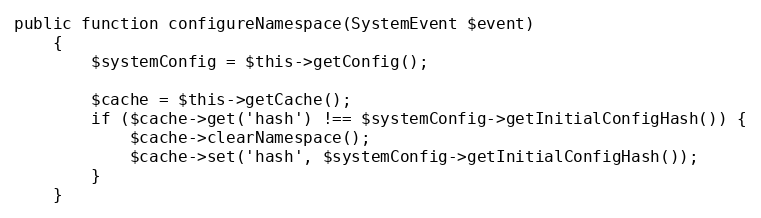
Language: PHP
public function configureNamespace(SystemEvent $event)
    {
        $systemConfig = $this->getConfig();

        $cache = $this->getCache();
        if ($cache->get('hash') !== $systemConfig->getInitialConfigHash()) {
            $cache->clearNamespace();
            $cache->set('hash', $systemConfig->getInitialConfigHash());
        }
    }